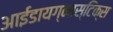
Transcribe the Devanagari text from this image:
आईडायग्नास्टिक्स